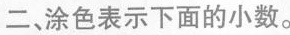
二、涂色表示下面的小数。